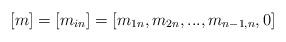
LaTeX: \begin{align*}[m]=[m_{i n }]=[m_{1 n}, m_{2 n}, . . . , m_{{n-1}, n}, 0]\end{align*}